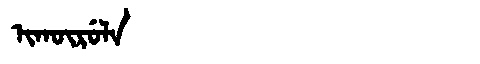
Manchu: ᡳᡴᡡᡵᡠᠯᠠ
Romanization: IKŪRULA